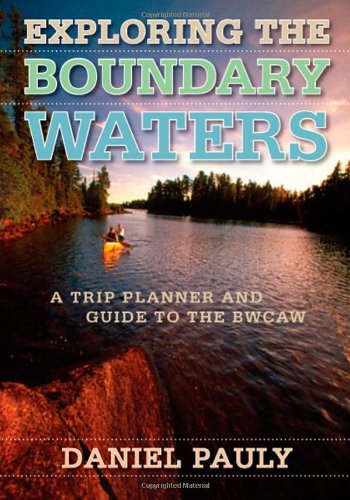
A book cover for Exploring the Boundary Waters: A Trip Planner and Guide to the BWCAW; Daniel Pauly; Sports & Outdoors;